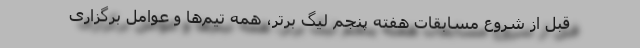
قبل از شروع مسابقات هفته پنجم لیگ برتر، همه تیم‌ها و عوامل برگزاری